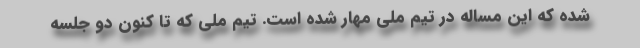
شده که این مساله در تیم ملی مهار شده است. تیم ملی که تا کنون دو جلسه